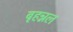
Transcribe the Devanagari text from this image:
बृहन्नल